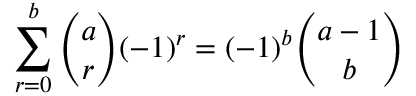
\sum _ { r = 0 } ^ { b } \binom { a } { r } ( - 1 ) ^ { r } = ( - 1 ) ^ { b } \binom { a - 1 } { b }